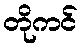
တိုကင်